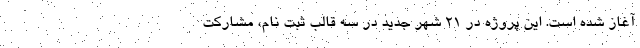
آغاز شده است. این پروژه در ۲۱ شهر جدید در سه قالب ثبت نام، مشارکت